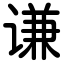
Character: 谦